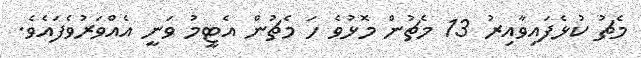
މެޗު ކުޅެފައިވާއިރު 13 މެޗުން މޮޅުވެ ހަ މެޗުން އެޓީމު ވަނީ އެއްވަރުވެފައެވެ.